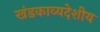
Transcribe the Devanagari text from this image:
खंडकाव्यदेशीय